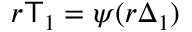
r \mathsf T _ { 1 } = \psi ( r \Delta _ { 1 } )